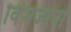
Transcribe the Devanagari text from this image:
विभज्यनो